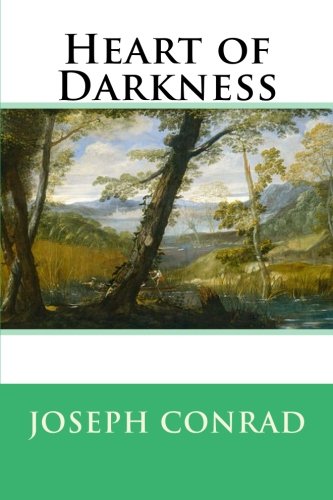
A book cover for Heart of Darkness; Joseph Conrad; Literature & Fiction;